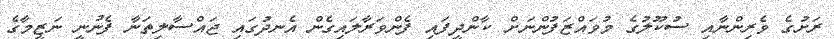
ރަށުގެ ވެރިންނާއި ސުކޫލުގެ މުވައްޒަފުންނަށް ކާންދީފައި ފެންވަރާލައިގެން އެނދުގައި ޖައްސާލިތަނާ ފެނުނީ ނަޒީމާގެ